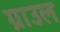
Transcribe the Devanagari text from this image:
ग्राउल